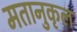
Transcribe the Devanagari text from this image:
मतानुकृल